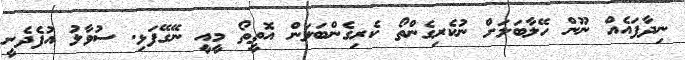
ނިދާފައެއް ނޫން ހޭލާބަލަށް ނުކެރިގެންތޯ ކެރިގެންބަލަން އޮތީތޯ މީއީ ނޭގޭފަޅި. ސުވާލު އުފެދެނީ